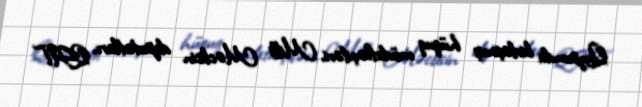
Qrupunda birləşmiş hüquq müdafiəçiləri, Milli Məclisin deputatları, QHT